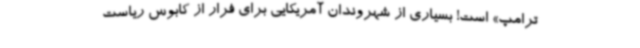
ترامپ» است! بسیاری از شهروندان آمریکایی برای فرار از کابوس ریاست‌